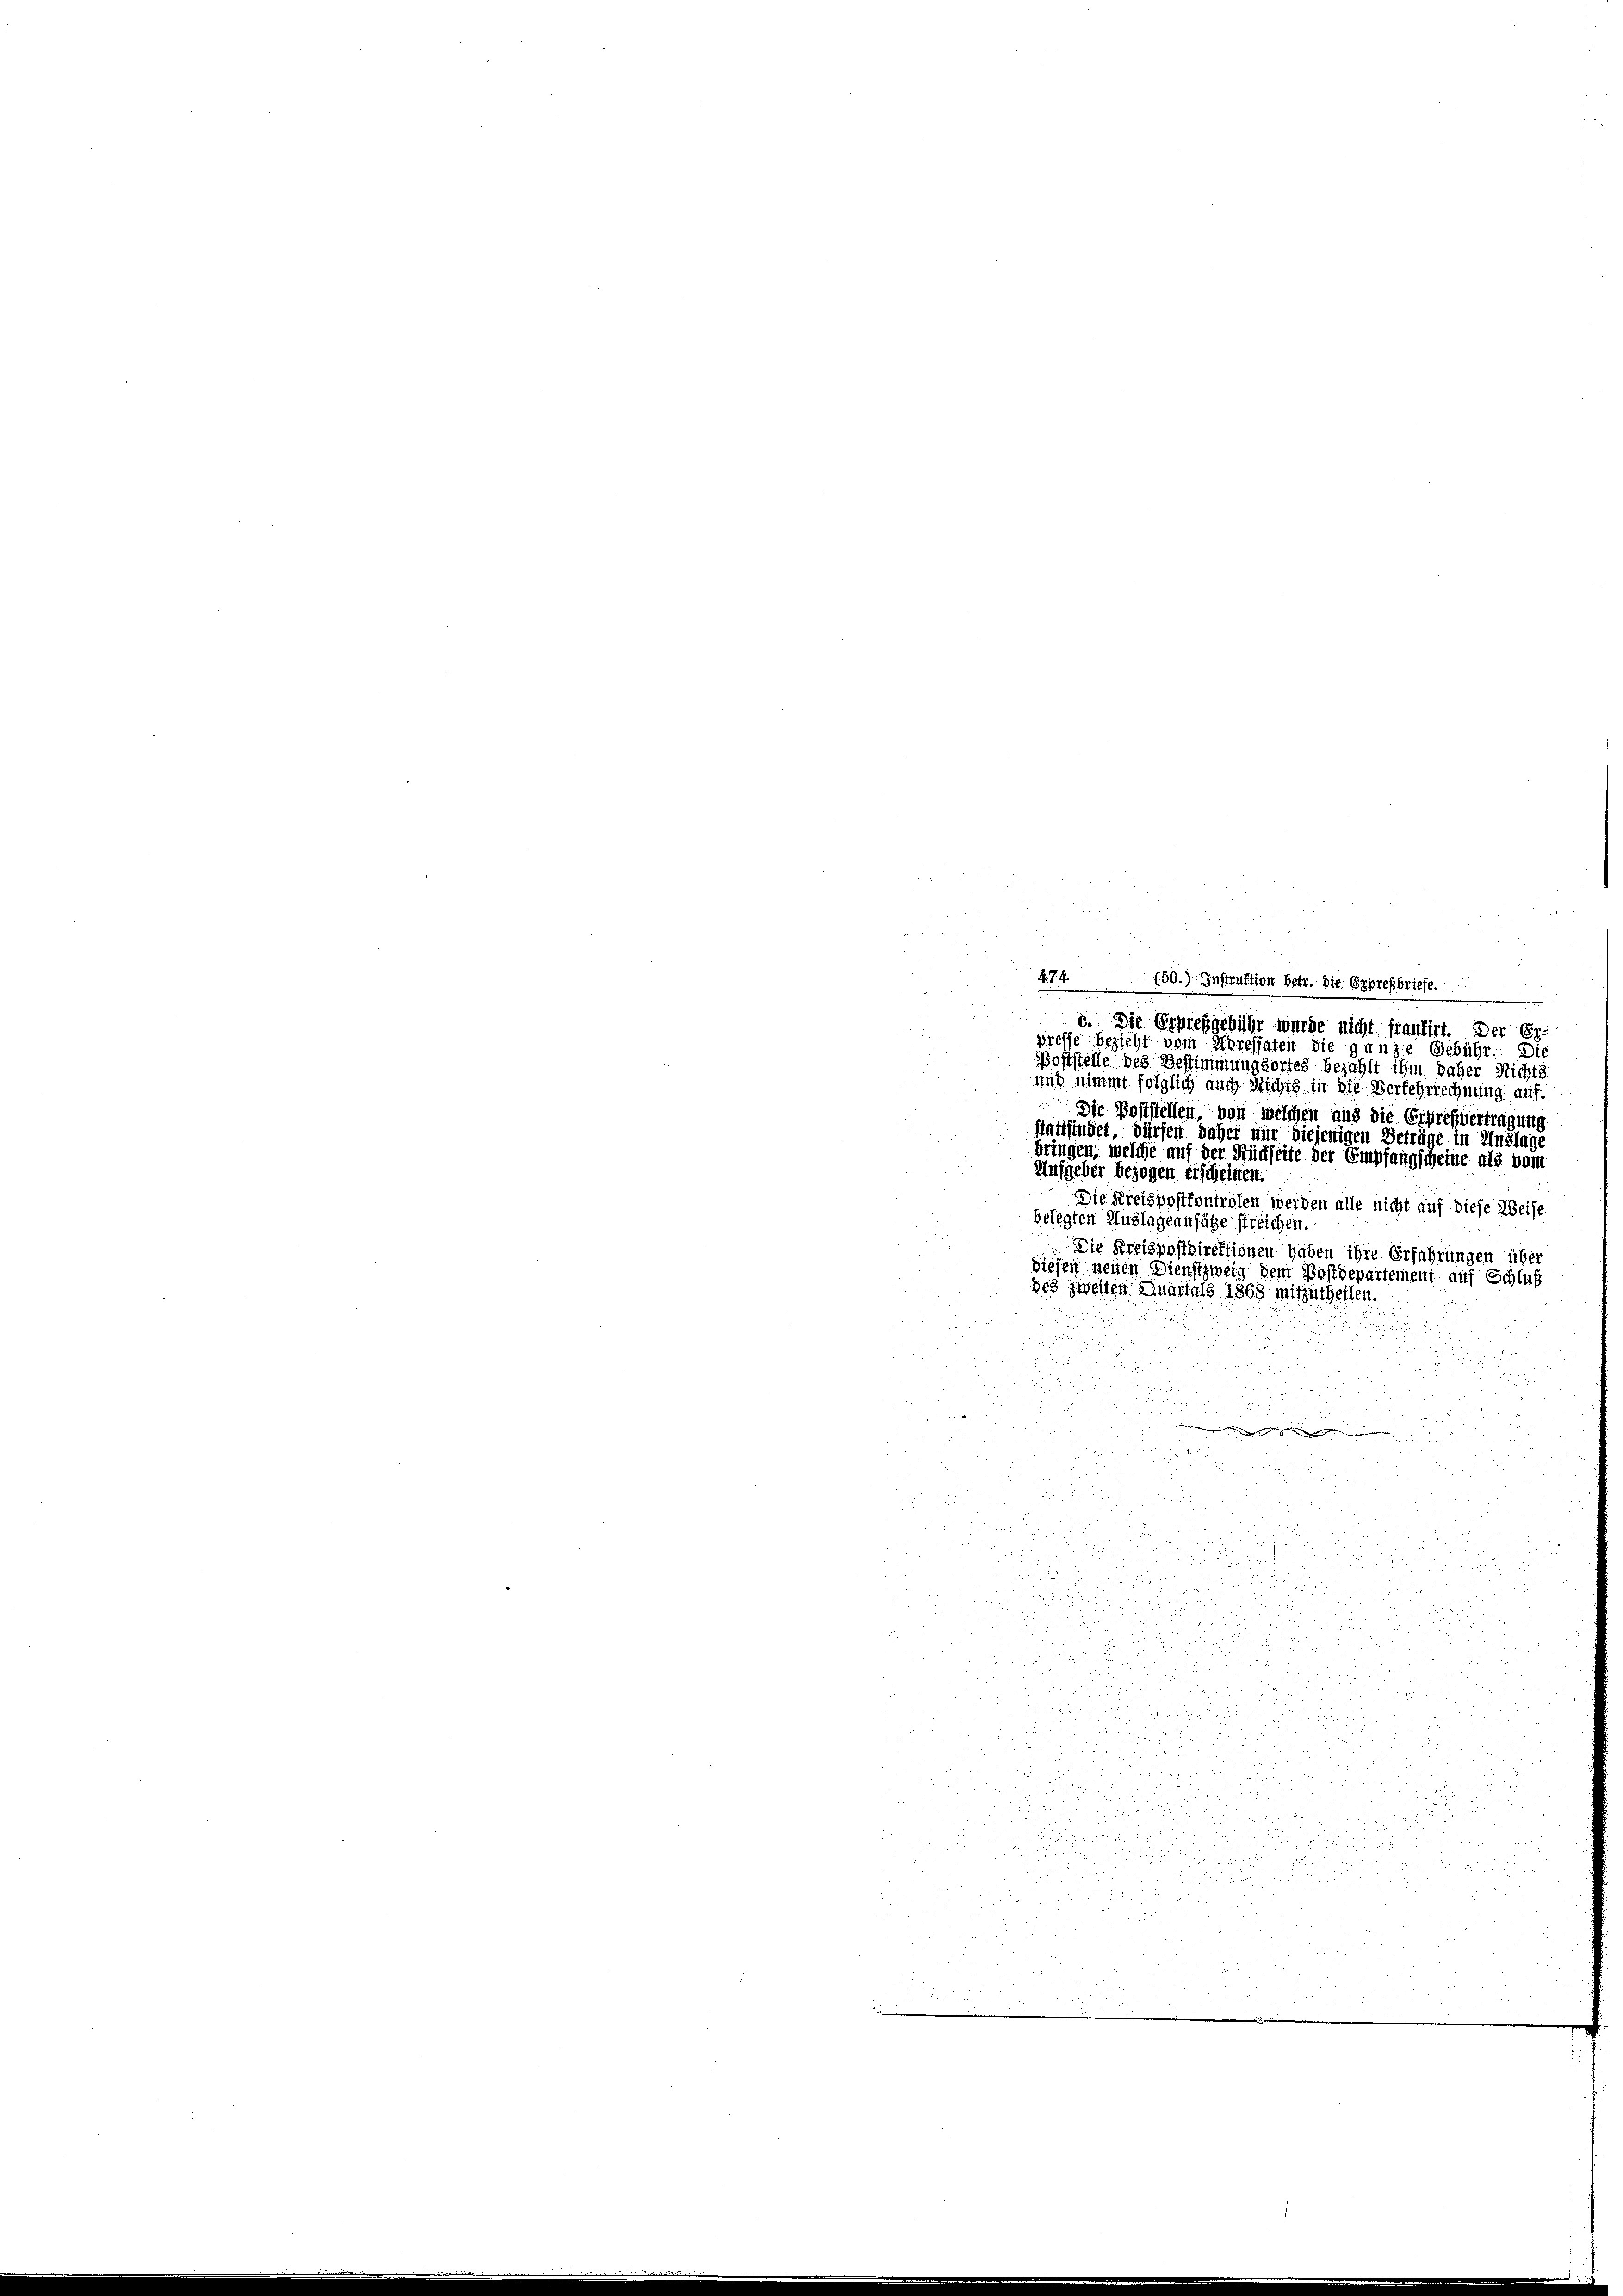
4.7.4. (50.) Instruktion betr. die Epprefbriefe.
e
e. Die Erpreßgebühr wurde nicht frantirt. Der Er¬
Kreise bezieht vom Horessaten die ganze Gebühr. Die
Poststelle des Bestimmungsortes bezahlt ihm daher Richts
und nimmt folglich auch Richts in die Verlehrrechnung auf.
Die Poststellen, von welchen aus die Erprehvertragung
stattfindet, dürfen daher nur diejenigen Beträge in Auslage
bringen, welche auf der Rückseite der Empfangscheine als vom
Aufgeber bezogen erscheinen.
Die Kreispostkontrolen werden alle nicht auf diese Weise
belegten Auslageansähe streichen.
Die Kreispostdirektionen haben ihre Erfahrungen über
diesen neuen Dienstzweig dem Postdepartement auf Schluß
des zweiten Quartals 1863 mitzutheilen.

e

.
u
r

u

 125
u
.

u

i
2
 1899
2

8

8
  .

 0 x
20.
d

u